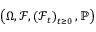
\left( \Omega , \mathcal { F } , \left( \mathcal { F } _ { t } \right) _ { t \geq 0 } , \mathbb { P } \right)